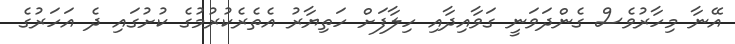
އޭނާ މިހާރުވެސް ގެންދަވަނީ ގަވާއިދާއި ހިލާފަށް ހަތިޔާރު އެތެރެކުރުމުގެ ކުށުގައި ދެ އަހަރުގެ